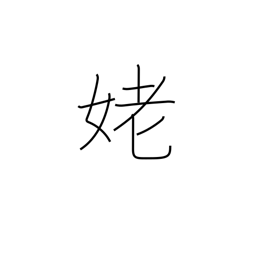
Meaning: old woman